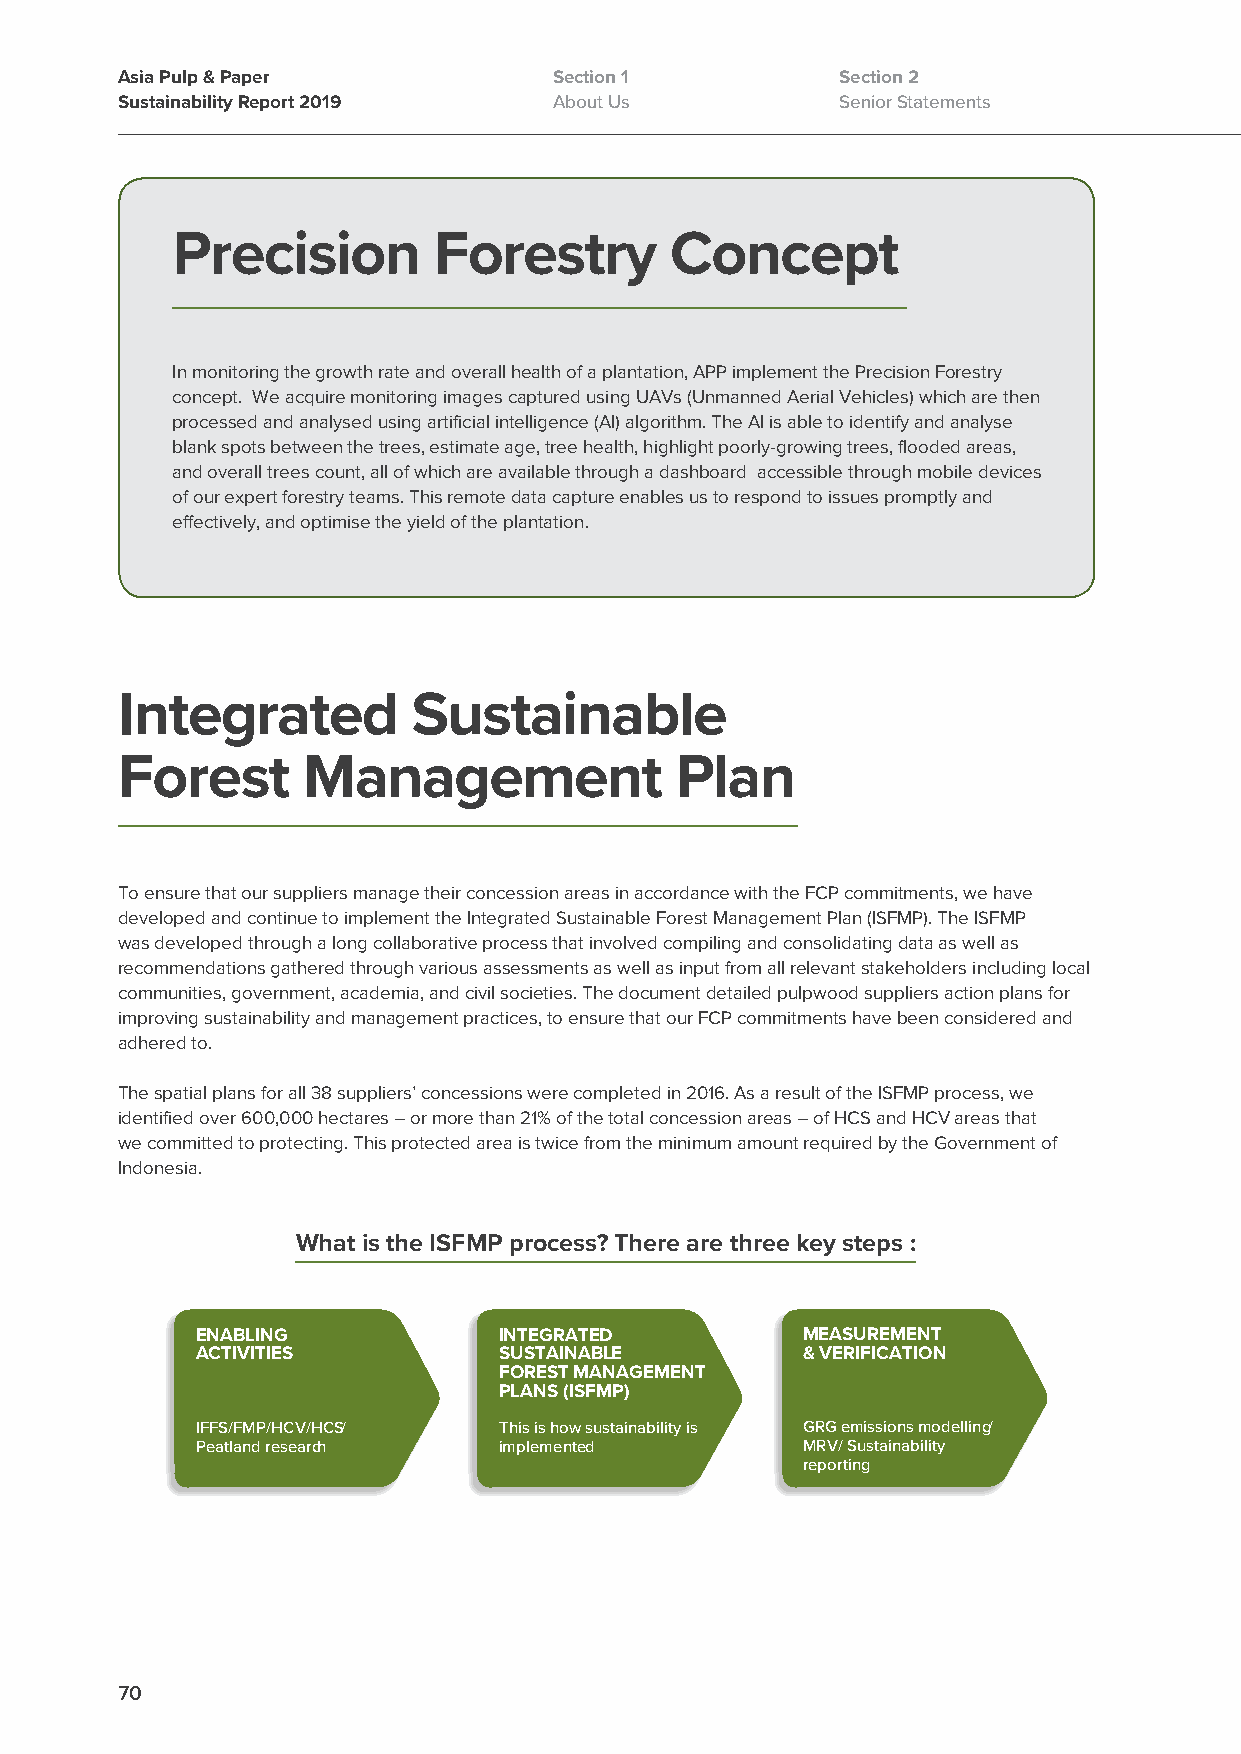
Asia Pulp & Paper            Section 1          Section 2
 Sustainability Report 2019   About Us           Senior Statements
 Precision         Forestry       Concept
 In monitoring the growth rate and overall health of a plantation, APP implement the Precision Forestry
 concept. We acquire monitoring images captured using UAVs (Unmanned Aerial Vehicles) which are then
 processed and analysed using artificial intelligence (AI) algorithm. The AI is able to identify and analyse
 blank spots between the trees, estimate age, tree health, highlight poorly-growing trees, flooded areas,
 and overall trees count, all of which are available through a dashboard accessible through mobile devices
 of our expert forestry teams. This remote data capture enables us to respond to issues promptly and
 effectively, and optimise the yield of the plantation.
 Integrated         Sustainable
 Forest      Management               Plan
 To ensure that our suppliers manage their concession areas in accordance with the FCP commitments, we have
 developed and continue to implement the Integrated Sustainable Forest Management Plan (ISFMP). The ISFMP
 was developed through a long collaborative process that involved compiling and consolidating data as well as
 recommendations gathered through various assessments as well as input from all relevant stakeholders including local
 communities, government, academia, and civil societies. The document detailed pulpwood suppliers action plans for
 improving sustainability and management practices, to ensure that our FCP commitments have been considered and
 adhered to.
 The spatial plans for all 38 suppliers’ concessions were completed in 2016. As a result of the ISFMP process, we
 identified over 600,000 hectares – or more than 21% of the total concession areas – of HCS and HCV areas that
 we committed to protecting. This protected area is twice from the minimum amount required by the Government of
 Indonesia.
 What is the ISFMP process? There are three key steps :
 ENABLING            INTEGRATED          MEASUREMENT
 ACTIVITIES          SUSTAINABLE         & VERIFICATION
 FOREST MANAGEMENT
 PLANS (ISFMP)
 IFFS/FMP/HCV/HCS/   This is how sustainability is GRG emissions modelling/
 Peatland research   implemented         MRV/ Sustainability
 reporting
 70